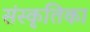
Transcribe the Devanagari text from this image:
संस्कृतिका